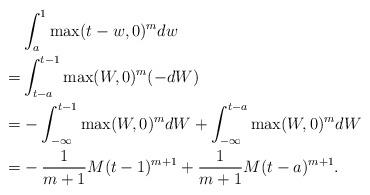
LaTeX: \begin{align*}&\int_a^1\max(t-w,0)^mdw\\=&\int_{t-a}^{t-1}\max(W,0)^m(-dW)\\=&-\int_{-\infty}^{t-1}\max(W,0)^mdW+\int_{-\infty}^{t-a}\max(W,0)^mdW\\=&-\frac{1}{m+1}M(t-1)^{m+1} +\frac{1}{m+1}M(t-a)^{m+1}.\end{align*}